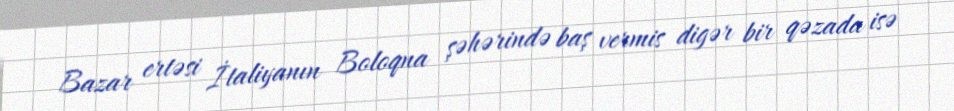
Bazar ertəsi İtaliyanın Boloqna şəhərində baş vermis digər bir qəzada isə